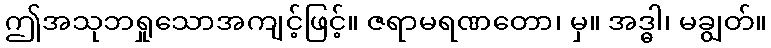
ဤအသုဘရှုသောအကျင့်ဖြင့်။ ဇရာမရဏတော၊ မှ။ အဒ္ဓါ၊ မချွတ်။